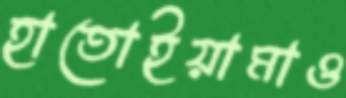
হাতোইয়ামাও